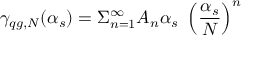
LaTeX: \gamma _ { q g , N } ( \alpha _ { s } ) = \Sigma _ { n = 1 } ^ { \infty } A _ { n } \alpha _ { s } \ \left( \frac { \alpha _ { s } } { N } \right) ^ { n }